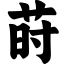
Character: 莳